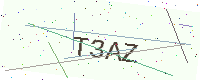
Text: T3AZ